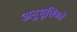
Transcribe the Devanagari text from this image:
अनुभूतिको